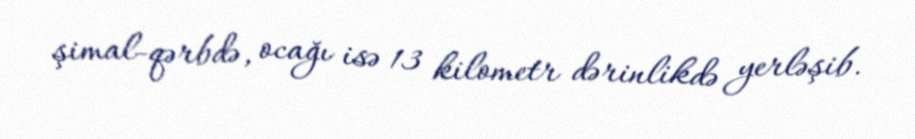
şimal-qərbdə, ocağı isə 13 kilometr dərinlikdə yerləşib.